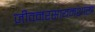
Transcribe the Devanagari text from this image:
जीवनरसायनशास्त्र